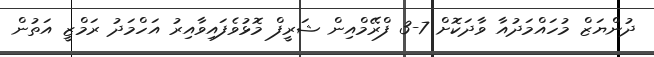
ދުންޔަޒް މުހައްމަދުއާ ވާދަކޮށް 7-3 ފްރޭމްއިން ޝަރީފް މޮޅުވެފައިވާއިރު އަހްމަދު ރަމްޒީ އަތުން